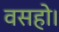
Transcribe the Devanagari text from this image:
वसहो।